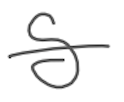
Text: S
Cross-out: single-line
Writing tool: digital_gray